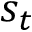
s _ { t }